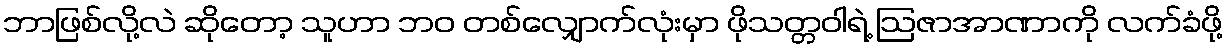
ဘာဖြစ်လို့လဲ ဆိုတော့ သူဟာ ဘဝ တစ်လျှောက်လုံးမှာ ဖိုသတ္တဝါရဲ့ ဩဇာအာဏာကို လက်ခံဖို့